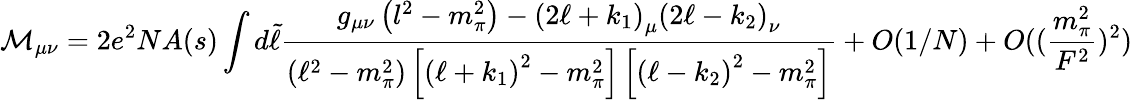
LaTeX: {\cal M}_{{\mu}{\nu}}=2e^{2}NA(s)\int d\tilde{\ell}\frac{g_{{\mu}{\nu}}\left(l^{2}-m_{\pi}^{2}\right)-\left(2{\ell}+k_{1}\right)_{\mu}\left(2{\ell}-k_{2}\right)_{\nu}}{\left({\ell}^{2}-m_{\pi}^{2}\right)\left[\left({\ell}+k_{1}\right)^{2}-m_{\pi}^{2}\right]\left[\left({\ell}-k_{2}\right)^{2}-m_{\pi}^{2}\right]}+O(1/N)+O((\frac{m_{\pi}^{2}}{F^{2}})^{2})